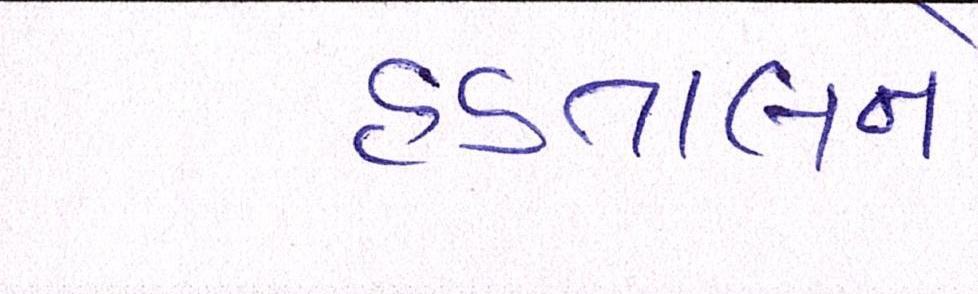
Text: હડતાલને